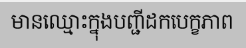
មានឈ្មោះក្នុងបញ្ជីដកបេក្ខភាព